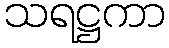
သရဋ္ဌကာ